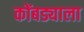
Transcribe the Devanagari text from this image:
कोंबड्याला